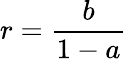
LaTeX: r=\frac{b}{1-a}